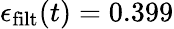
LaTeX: \epsilon_{\mathrm{filt}}(t)=0.399